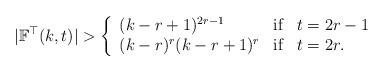
LaTeX: \begin{align*}|\mathbb{F}^{\top}(k,t)|>\left\{\begin{array}{lcl} (k-r+1)^{2r-1} & \textnormal{if} & t=2r-1\\ (k-r)^{r}(k-r+1)^{r} & \textnormal{if} & t=2r. \end{array}\right.\end{align*}